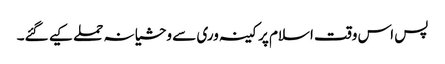
پس اس وقت اسلام پر کینہ وری سے وحشیانہ حملے کیے گئے۔